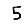
Digit: 5